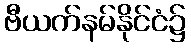
ဗီယက်နမ်နိုင်ငံ၌